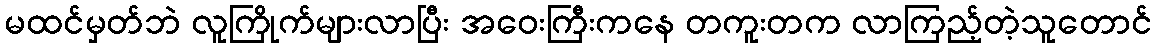
မထင်မှတ်ဘဲ လူကြိုက်များလာပြီး အဝေးကြီးကနေ တကူးတက လာကြည့်တဲ့သူတောင်